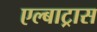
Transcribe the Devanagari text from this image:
एल्बाट्रास